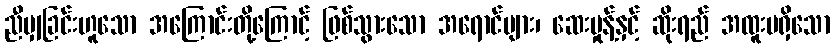
ညီမျှခြင်းဟူသော အကြောင်းတို့ကြောင့် ဖြစ်သွားသော အရောင်များ၊ ဆေးမှုန့်နှင့် ဆိုးရည် အထူးမရှိသော